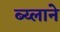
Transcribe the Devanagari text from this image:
ब्य्लाने